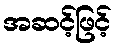
အဆင့်ဖြင့်